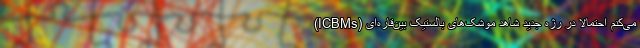
می‌کنم احتمالا در رژه جدید شاهد موشک‌های بالستیک بین‌قاره‌ای (ICBMs)